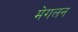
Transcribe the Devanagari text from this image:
मेगलन